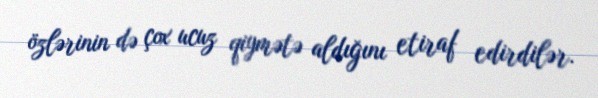
özlərinin də çox ucuz qiymətə aldığını etiraf edirdilər.